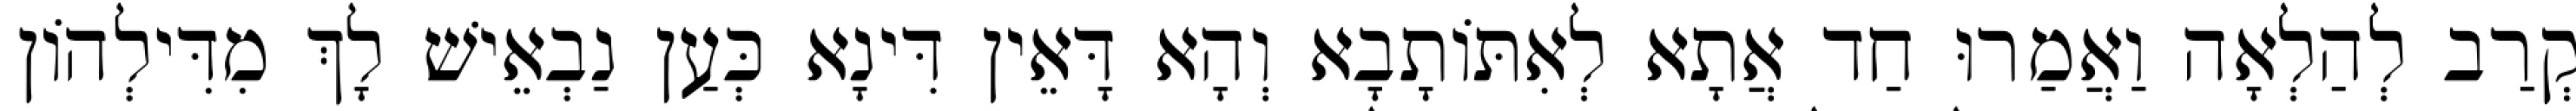
קְרַב לְהַלְאָה וַאֲמַרוּ חַד אֲתָא לְאִתּוֹתָבָא וְהָא דָּאֵין דִּינָא כְּעַן נַבְאֵישׁ לָךְ מִדִּילְהוֹן